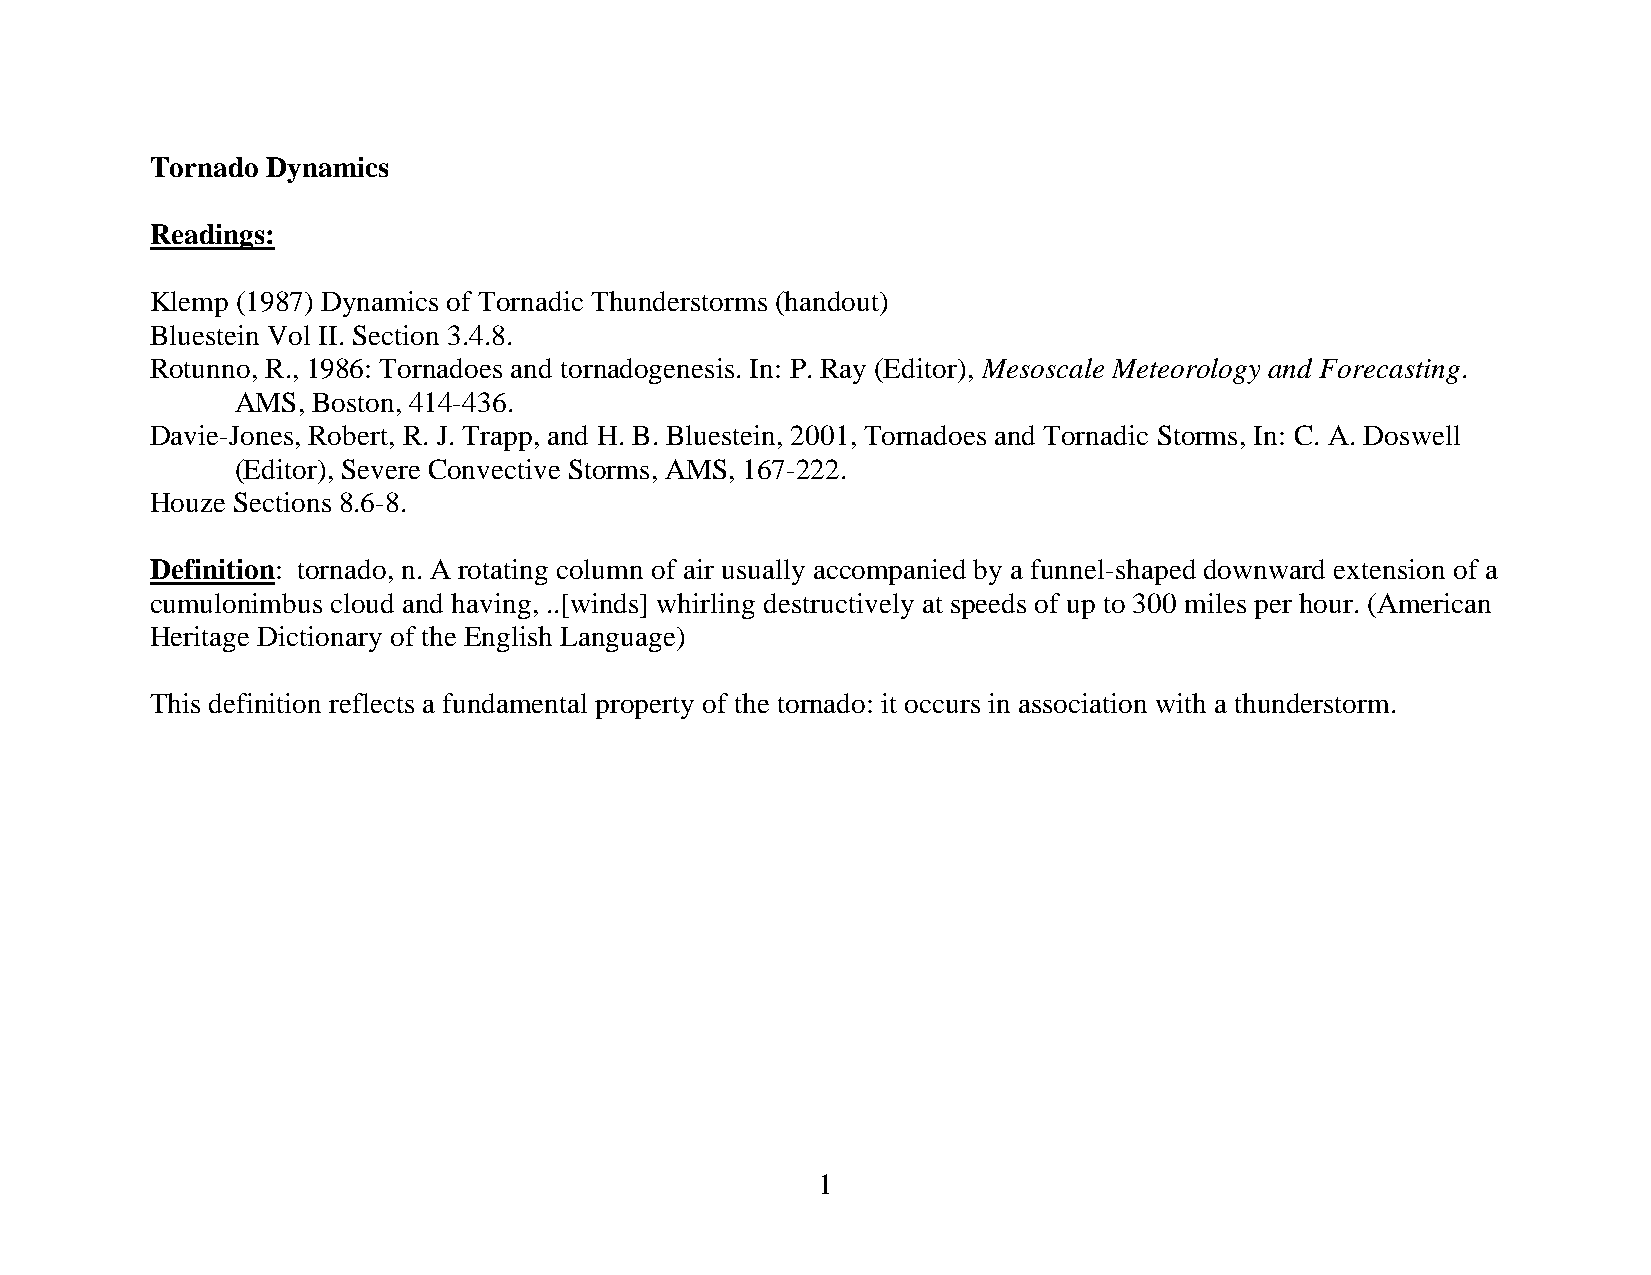
Tornado Dynamics
 Readings:
 Klemp (1987) Dynamics of Tornadic Thunderstorms (handout)
 Bluestein Vol II. Section 3.4.8.
 Rotunno, R., 1986: Tornadoes and tornadogenesis. In: P. Ray (Editor), Mesoscale Meteorology and Forecasting.
 AMS, Boston, 414-436.
 Davie-Jones, Robert, R. J. Trapp, and H. B. Bluestein, 2001, Tornadoes and Tornadic Storms, In: C. A. Doswell
 (Editor), Severe Convective Storms, AMS, 167-222.
 Houze Sections 8.6-8.
 Definition: tornado, n. A rotating column of air usually accompanied by a funnel-shaped downward extension of a
 cumulonimbus cloud and having, ..[winds] whirling destructively at speeds of up to 300 miles per hour. (American
 Heritage Dictionary of the English Language)
 This definition reflects a fundamental property of the tornado: it occurs in association with a thunderstorm.
 1